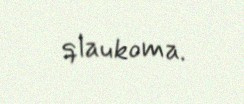
qlaukoma.